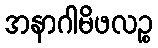
အနာဂါမိဖလဉ္စ